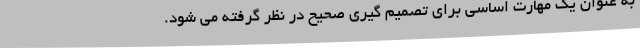
به عنوان یک مهارت اساسی برای تصمیم گیری صحیح در نظر گرفته می شود.